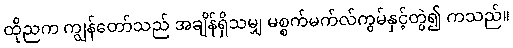
ထိုညက ကျွန်တော်သည် အချိန်ရှိသမျှ မစ္စက်မက်လ်ကွမ်နှင့်တွဲ၍ ကသည်။